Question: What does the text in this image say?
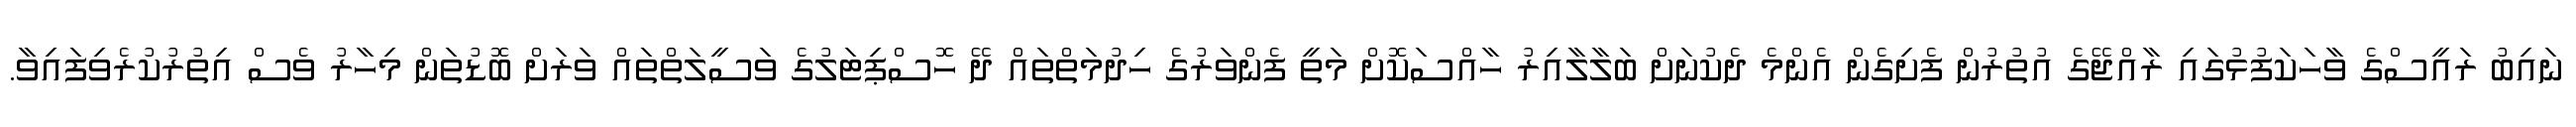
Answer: ނައިބު ރައީސްގެ ވާހަކަފުޅުގައި ރާއްޖޭގެ އުތުރުން ފެށިގެން އެންމެ ދެކުނަށް ބަލާލާއިރު ހާއްސަކޮށް މަތީ ފެންވަރުގެ ހިދުމަތްތައް ދޭ ހޮސްޕިޓަލުގެ ވަސީލަތްތައް ވަރަށް ބޮޑުތަން މިހާރު ވެސް އިތުރުކުރެވިފައިވާ.